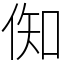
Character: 倁